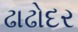
ઢાઢોદર